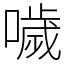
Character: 噦